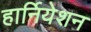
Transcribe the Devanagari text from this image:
हार्नियेशन